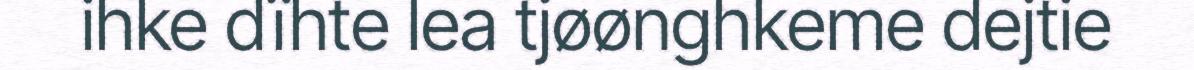
ihke dïhte lea tjøønghkeme dejtie